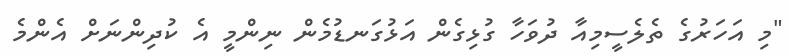
"މި އަހަރުގެ ތެލެސީމިއާ ދުވަހާ ގުޅިގެން އަޅުގަނޑުމެން ނިންމީ އެ ކުދިންނަށް އެންމެ